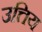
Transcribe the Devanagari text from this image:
उत्तिय